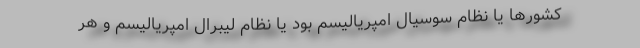
کشورها یا نظام سوسیال امپریالیسم بود یا نظام لیبرال امپریالیسم و هر